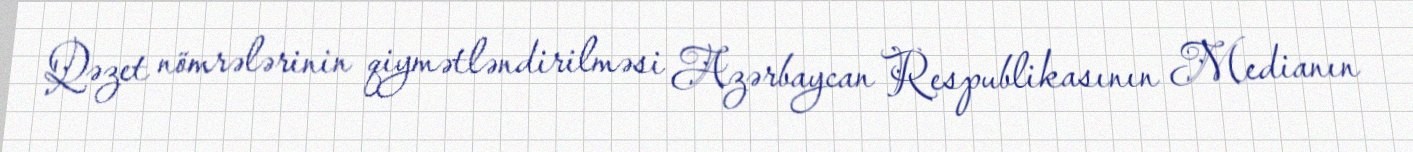
Qəzet nömrələrinin qiymətləndirilməsi Azərbaycan Respublikasının Medianın